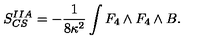
S _ { C S } ^ { I I A } = - \frac { 1 } { 8 \kappa ^ { 2 } } \int F _ { 4 } \wedge F _ { 4 } \wedge B .